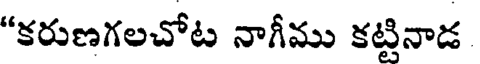
"కరుణగలచోట నాగీము కట్టినాడ